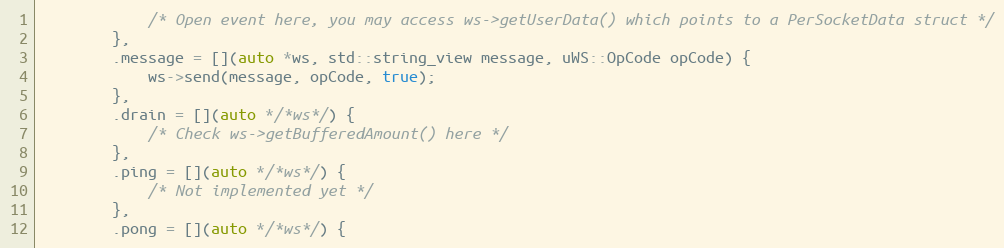
Language: C++
            /* Open event here, you may access ws->getUserData() which points to a PerSocketData struct */
        },
        .message = [](auto *ws, std::string_view message, uWS::OpCode opCode) {
            ws->send(message, opCode, true);
        },
        .drain = [](auto */*ws*/) {
            /* Check ws->getBufferedAmount() here */
        },
        .ping = [](auto */*ws*/) {
            /* Not implemented yet */
        },
        .pong = [](auto */*ws*/) {